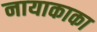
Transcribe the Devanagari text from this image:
नायाकाका